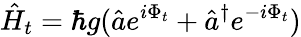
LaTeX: \hat{H}_{t}=\hbar g(\hat{a}e^{i\Phi_{t}}+\hat{a}^{\dagger}e^{-i\Phi_{t}})